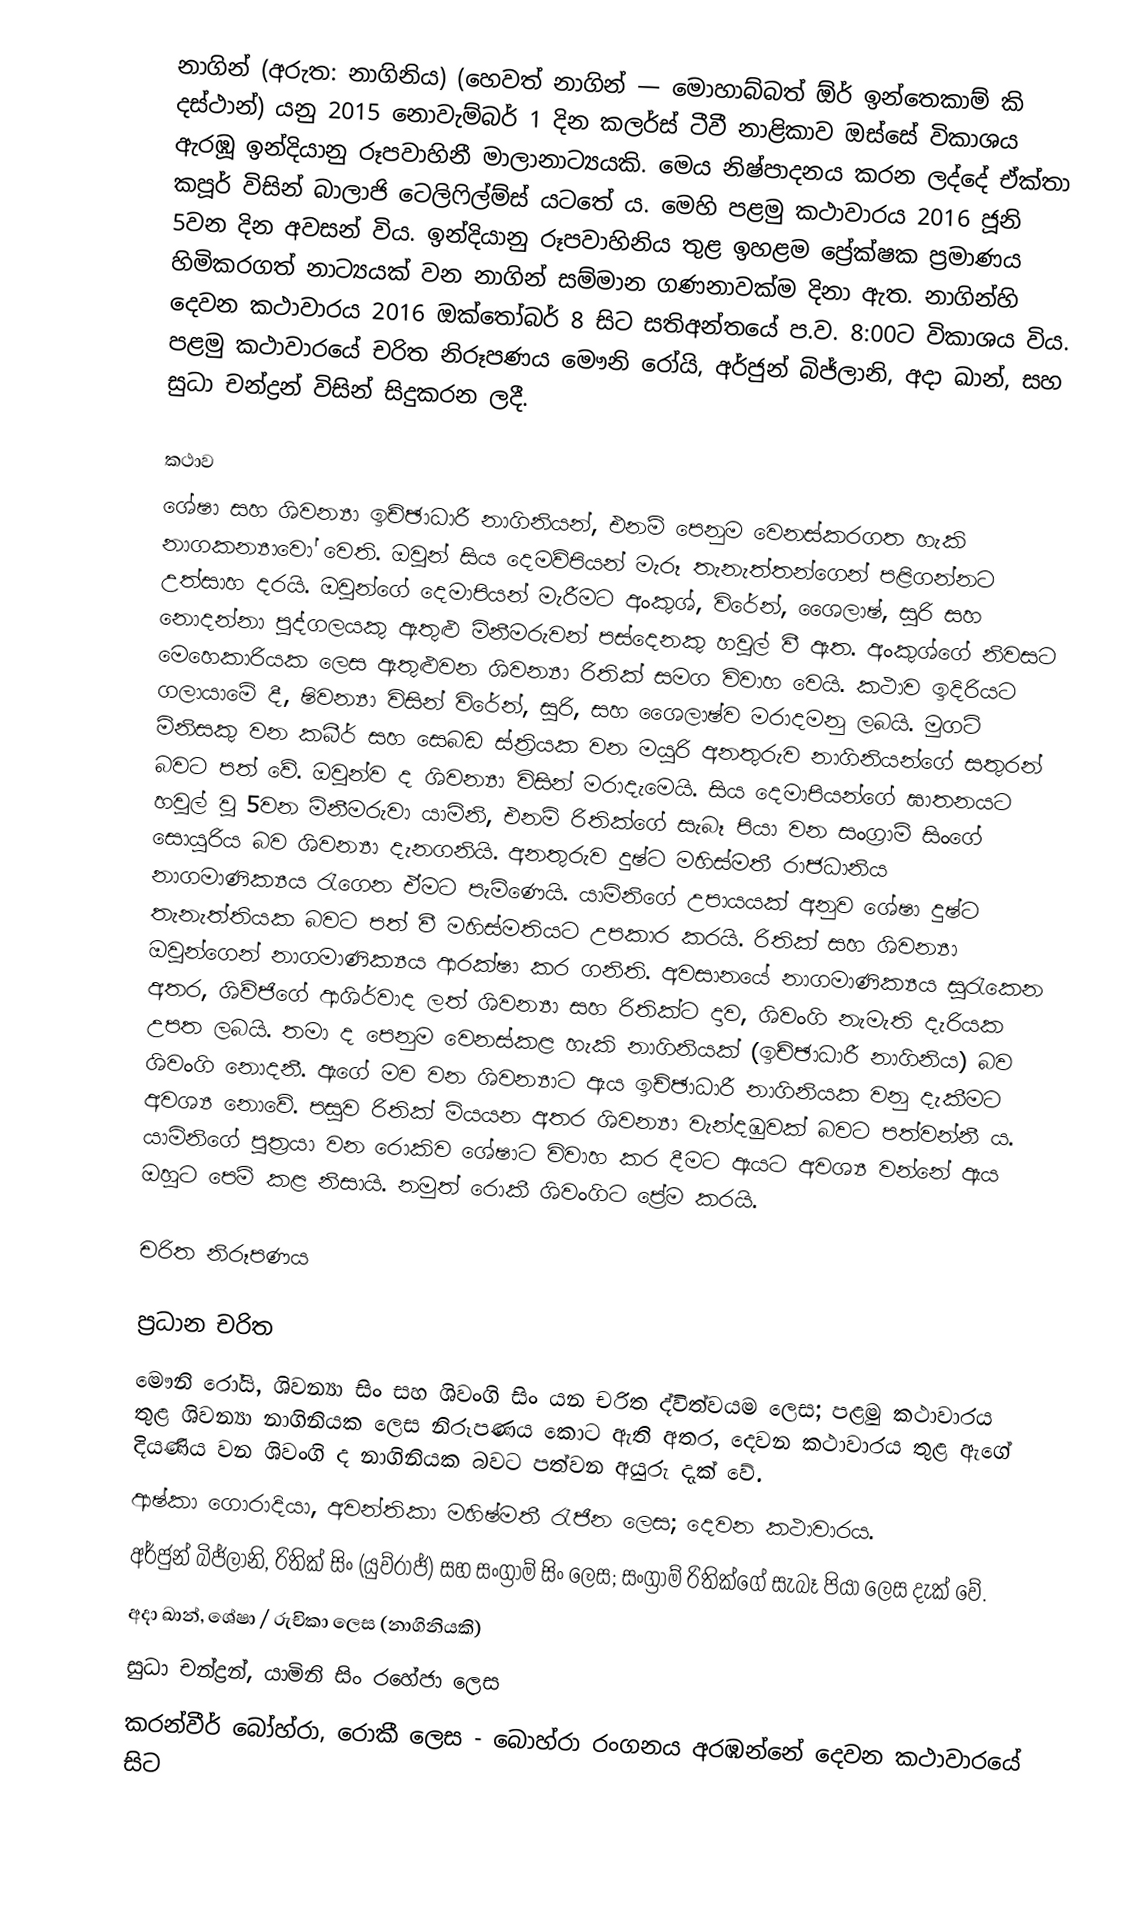
නාගින් (අරුත: නාගිනිය) (හෙවත් නාගින් — මොහාබ්බත් ඕර් ඉන්තෙකාම් කි දස්ථාන්) යනු 2015 නොවැම්බර් 1 දින කලර්ස් ටීවී නාළිකාව ඔස්සේ විකාශය ඇරඹූ ඉන්දියානු රූපවාහිනී මාලානාට්‍යයකි. මෙය නිෂ්පාදනය කරන ලද්දේ ඒක්තා කපූර් විසින් බාලාජි ටෙලිෆිල්ම්ස් යටතේ ය. මෙහි පළමු කථාවාරය 2016 ජූනි 5වන දින අවසන් විය. ඉන්දියානු රූපවාහිනිය තුළ ඉහළම ප්‍රේක්ෂක ප්‍රමාණය හිමිකරගත් නාට්‍යයක් වන නාගින් සම්මාන ගණනාවක්ම දිනා ඇත. නාගින්හි දෙවන කථාවාරය 2016 ඔක්තෝබර් 8 සිට සතිඅන්තයේ ප.ව. 8:00ට විකාශය විය. පළමු කථාවාරයේ චරිත නිරූපණය මෞනි රෝයි, අර්ජුන් බිජ්ලානි, අදා ඛාන්, සහ සුධා චන්ද්‍රන් විසින් සිදුකරන ලදී.

කථාව
ශේෂා සහ ශිවන්‍යා ඉච්ඡාධාරී නාගිනියන්, එනම් පෙනුම වෙනස්කරගත හැකි නාගකන්‍යාවෝ වෙති. ඔවුන් සිය දෙමව්පියන් මැරූ තැනැත්තන්ගෙන් පළිගන්නට උත්සාහ දරයි. ඔවුන්ගේ දෙමාපියන් මැරීමට අංකුශ්, විරේන්, ශෛලාෂ්, සුරි සහ නොදන්නා පුද්ගලයකු ඇතුළු මිනීමරුවන් පස්දෙනකු හවුල් වී ඇත. අංකුශ්ගේ නිවසට මෙහෙකාරියක ලෙස ඇතුළුවන ශිවන්‍යා රිතික් සමග විවාහ වෙයි. කථාව ඉදිරියට ගලායාමේ දී, ෂිවන්‍යා විසින් විරේන්, සුරි, සහ ශෛලාෂ්ව මරාදමනු ලබයි. මුගටි මිනිසකු වන කබීර් සහ සෙබඩ ස්ත්‍රියක වන මයුරි අනතුරුව නාගිනියන්ගේ සතුරන් බවට පත් වේ. ඔවුන්ව ද ශිවන්‍යා විසින් මරාදැමෙයි. සිය දෙමාපියන්ගේ ඝාතනයට හවුල් වූ 5වන මිනීමරුවා යාමිනි, එනම් රිතික්ගේ සැබෑ පියා වන සංග්‍රාම් සිංගේ සොයුරිය බව ශිවන්‍යා දැනගනියි. අනතුරුව දුෂ්ට මහිස්මතී රාජධානිය නාගමාණික්‍යය රැගෙන ඒමට පැමිණෙයි. යාමිනිගේ උපායයක් අනුව ශේෂා දුෂ්ට තැනැත්තියක බවට පත් වී මහිස්මතියට උපකාර කරයි. රිතික් සහ ශිවන්‍යා ඔවුන්ගෙන් නාගමාණික්‍යය ආරක්ෂා කර ගනිති. අවසානයේ නාගමාණික්‍යය සුරැකෙන අතර, ශිව්ජිගේ ආශිර්වාද ලත් ශිවන්‍යා සහ රිතික්ට දාව, ශිවංගි නැමැති දැරියක උපත ලබයි. තමා ද පෙනුම වෙනස්කළ හැකි නාගිනියක් (ඉච්ඡාධාරී නාගිනිය) බව ශිවංගි නොදනී. ඇගේ මව වන ශිවන්‍යාට ඇය ඉච්ඡාධාරී නාගිනියක වනු දැකීමට අවශ්‍ය නොවේ. පසුව රිතික් මියයන අතර ශිවන්‍යා වැන්දඹුවක් බවට පත්වන්නී ය. යාමිනිගේ පුත්‍රයා වන රොකිව ශේෂාට විවාහ කර දීමට ඇයට අවශ්‍ය වන්නේ ඇය ඔහුට පෙම් කළ නිසායි. නමුත් රොකී ශිවංගිට ප්‍රේම කරයි.

චරිත නිරූපණය

ප්‍රධාන චරිත
මෞනි රෝයි, ශිවන්‍යා සිං සහ ශිවංගි සිං යන චරිත ද්විත්වයම ලෙස; පළමු කථාවාරය තුළ ශිවන්‍යා නාගිනියක ලෙස නිරූපණය කොට ඇති අතර, දෙවන කථාවාරය තුළ ඇගේ දියණිය වන ශිවංගි ද නාගිනියක බවට පත්වන අයුරු දැක් වේ.
ආෂ්කා ගොරාදියා, අවන්තිකා මහිෂ්මතී රැජින ලෙස; දෙවන කථාවාරය.
අර්ජුන් බිජ්ලානි, රිතික් සිං (යුව්රාජ්) සහ සංග්‍රාම් සිං ලෙස; සංග්‍රාම් රිතික්ගේ සැබෑ පියා ලෙස දැක් වේ.
අදා ඛාන්, ශේෂා / රුචිකා ලෙස (නාගිනියකි)
සුධා චන්ද්‍රන්, යාමිනි සිං රහේජා ලෙස
කරන්වීර් බෝහ්රා, රොකී ලෙස - බොහ්රා රංගනය අරඹන්නේ දෙවන කථාවාරයේ සිට